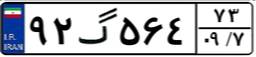
۹۲گ۵۶۴۷۳